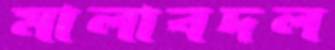
মালাবদল